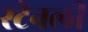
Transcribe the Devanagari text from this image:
स्‍टेनली